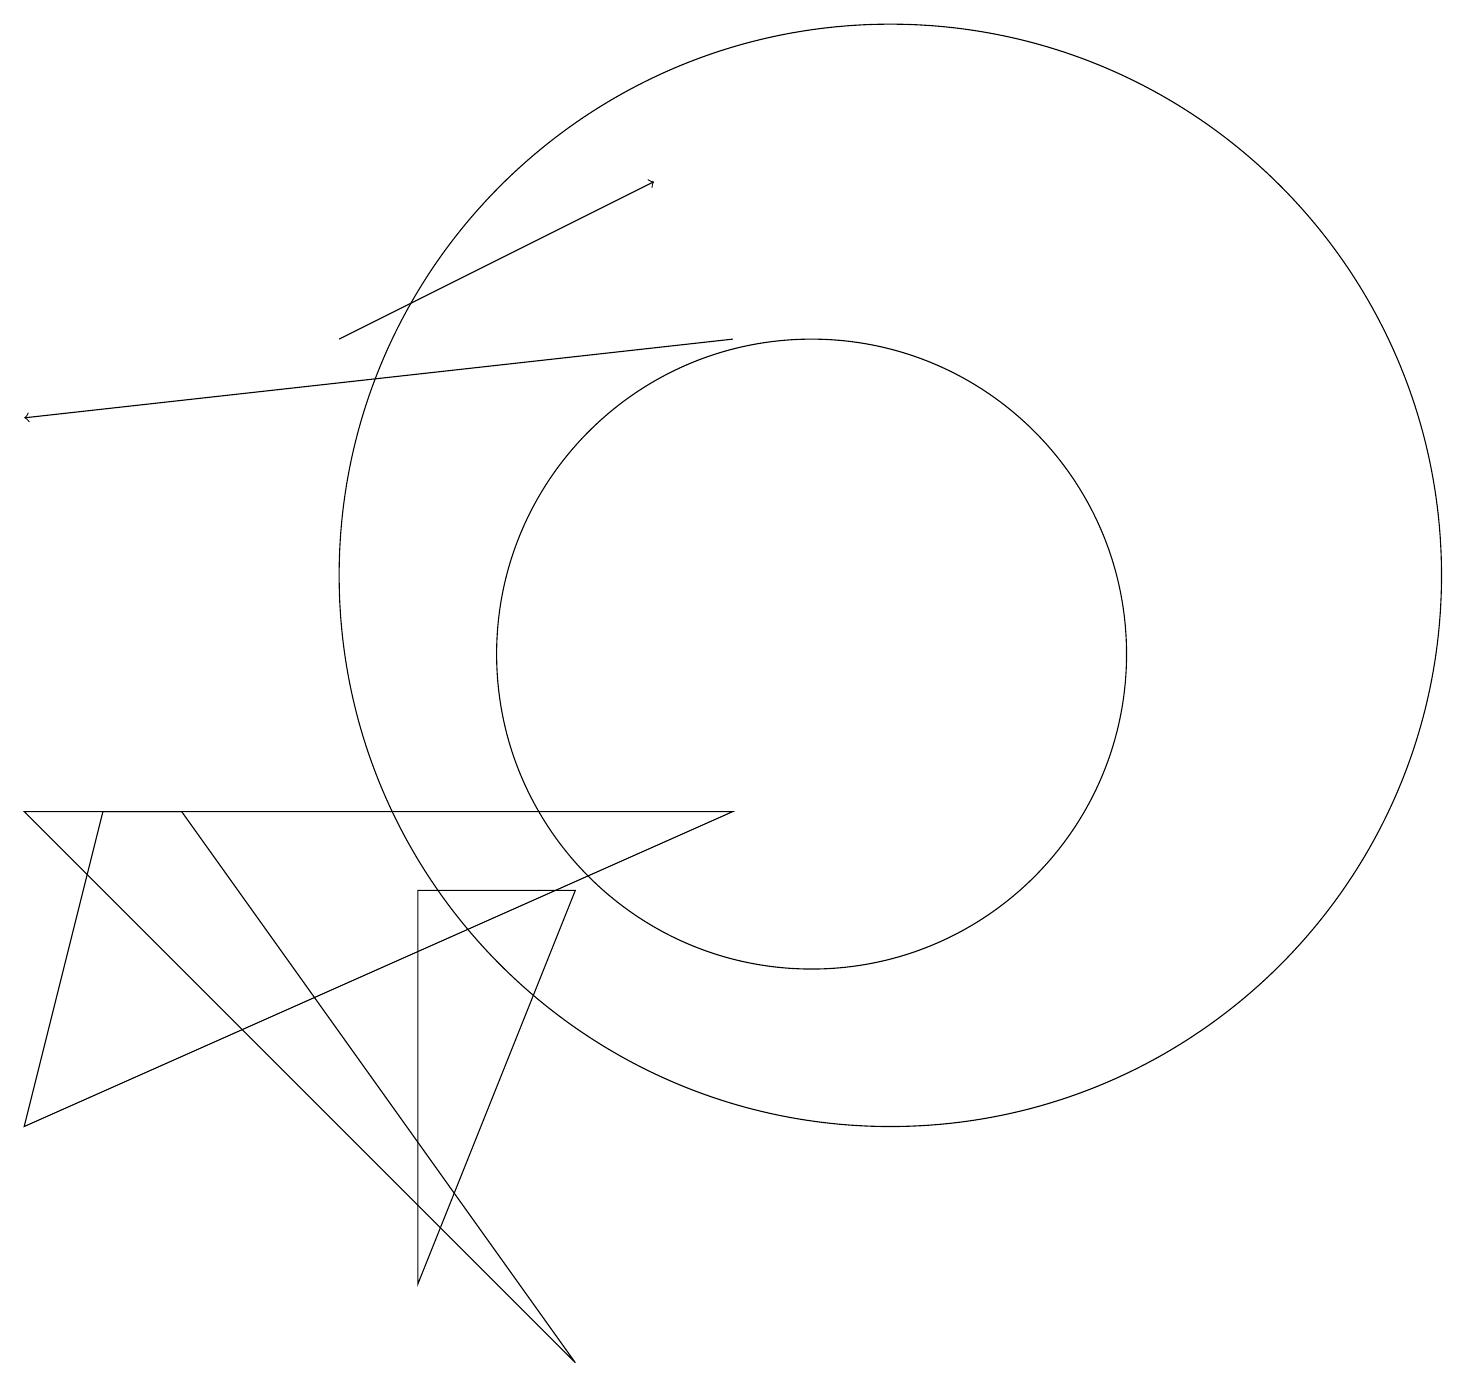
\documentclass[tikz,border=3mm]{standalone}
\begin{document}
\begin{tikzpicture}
\draw (10,10) circle (4);
\draw[->] (9,14) -- (0,13);
\draw (5,7) -- (7,7) -- (5,2) -- cycle;
\draw (11,11) circle (7);
\draw (9,8) -- (0,4) -- (1,8) -- cycle;
\draw (2,8) -- (7,1) -- (0,8) -- cycle;
\draw[->] (4,14) -- (8,16);
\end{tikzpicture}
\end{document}